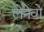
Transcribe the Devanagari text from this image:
लेनेवो